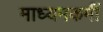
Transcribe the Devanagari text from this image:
माध्यमकर्मी